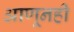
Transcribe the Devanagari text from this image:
आणूनही